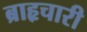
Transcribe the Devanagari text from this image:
ब्राहृचारी